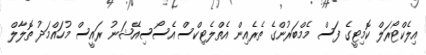
އިލެކްޓޯރަލް ކޮމިޓީގެ ފަސް މެމްބަރުންގެ ތެރެއިން އެތްލެޓިކްސް އެސޯސިއޭޝަނު ރައީސް މުހައްމަދު ތޮލާލް